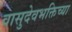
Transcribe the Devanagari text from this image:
वासुदेवभक्तिच्या